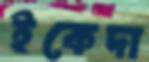
ইকেদা